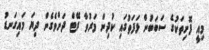
މިއީ ފޮށިތަކުގެ ސަބަބުން ޅަފަތުގައި ކުދިން މަރުވާ ރޭޓް ދަށްވެގެން ދިޔަ މައިގަނޑު